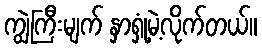
ကျွဲကြီးမျက် နှာရှုံ့မဲ့လိုက်တယ်။